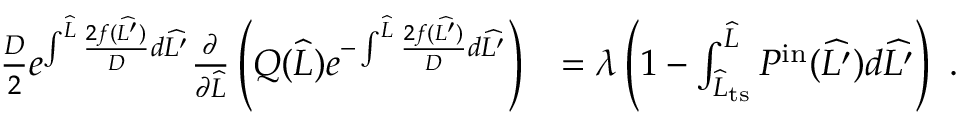
\begin{array} { r l } { \frac { D } { 2 } e ^ { \int ^ { \widehat { L } } \frac { 2 f ( \widehat { L ^ { \prime } } ) } { D } d \widehat { L ^ { \prime } } } \frac { \partial } { \partial \widehat { L } } \left( Q ( \widehat { L } ) e ^ { - \int ^ { \widehat { L } } \frac { 2 f ( \widehat { L ^ { \prime } } ) } { D } d \widehat { L ^ { \prime } } } \right) } & { = \lambda \left( 1 - \int _ { \widehat { L } _ { \mathrm { t s } } } ^ { \widehat { L } } P ^ { \mathrm { i n } } ( \widehat { L ^ { \prime } } ) d \widehat { L ^ { \prime } } \right) \ . } \end{array}